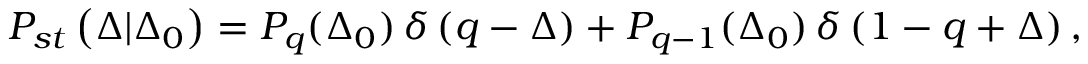
P _ { s t } \left( \Delta | \Delta _ { 0 } \right) = P _ { q } ( \Delta _ { 0 } ) \thinspace \delta \left( q - \Delta \right) + P _ { q - 1 } ( \Delta _ { 0 } ) \thinspace \delta \left( 1 - q + \Delta \right) ,